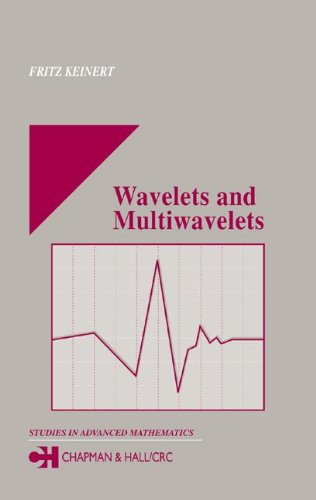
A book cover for Wavelets and Multiwavelets (Studies in Advanced Mathematics); Fritz Keinert; Science & Math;